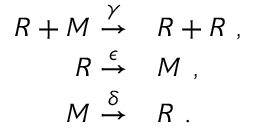
\begin{array} { r l } { R + M \stackrel { \gamma } { \rightarrow } } & { { } R + R ~ , } \\ { R \stackrel { \epsilon } { \rightarrow } } & { { } M ~ , } \\ { M \stackrel { \delta } { \rightarrow } } & { { } R ~ . } \end{array}